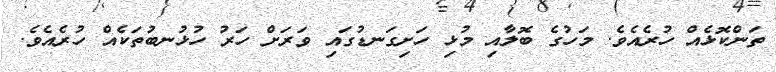
ތަންކޮޅެއް ހުރެއެވެ. މަހުގެ ބޮލާއި މުޅި ހަށިގަނޑުގައި ވަރަށް ހަރު ހުޅުނބުތަކެއް ހުރެއެވެ.